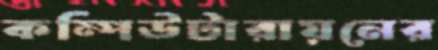
কম্পিউটারায়নের